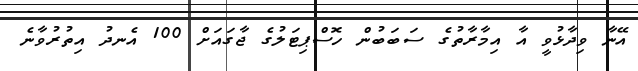
އޭނާ ވިދާޅުވީ އާ އިމާރާތުގެ ސަބަބުން ހޮސްޕިޓަލުގެ ޖާގައަށް 100 އެނދު އިތުރުވާނެ